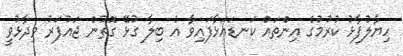
ހިޔާލުފާޅު ކުރުމުގެ އިންތައް ކަނޑައަޅާފައިވާ އެ ބިލާ ގުޅޭ ގޮތުން ޖައުފަރު ވިދާޅުވީ